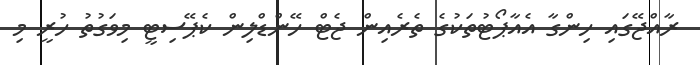
ރާއްޖޭގައި ހިންގާ އެއާޕޯޓުތަކުގެ ތެރެއިން ޖެޓް ހޭންޑްލިން ކެޕޭސިޓީ މިވަގުތު ހުރީ މި